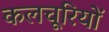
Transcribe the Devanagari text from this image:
कलचूरियों